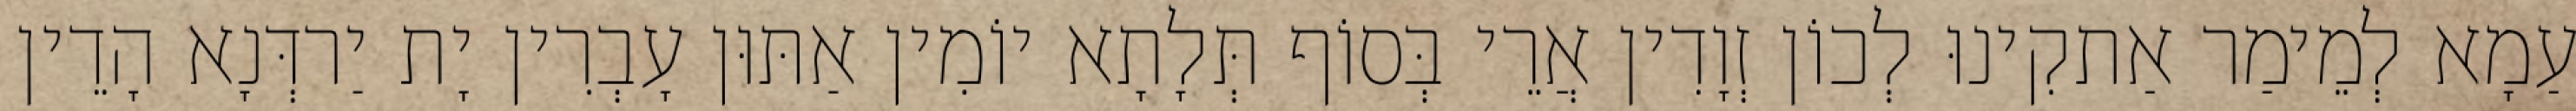
עַמָא לְמֵימַר אַתקִינוּ לְכוֹן זְוָדִין אֲרֵי בְּסוֹף תְּלָתָא יוֹמִין אַתּוּן עָבְרִין יָת יַרדְּנָא הָדֵין